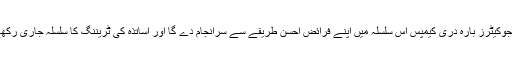
دی ایجوکیٹرز بارہ دری کیمپس اس سلسلہ میں اپنے فرائض احسن طریقے سے سرانجام دے گا اور اساتذہ کی ٹریننگ کا سلسلہ جاری رکھے گا۔